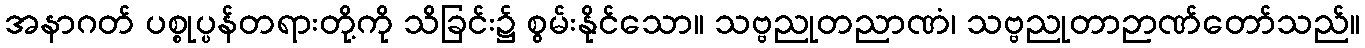
အနာဂတ် ပစ္စုပ္ပန်တရားတို့ကို သိခြင်း၌ စွမ်းနိုင်သော။ သဗ္ဗညုတညာဏံ၊ သဗ္ဗညုတာဉာဏ်တော်သည်။